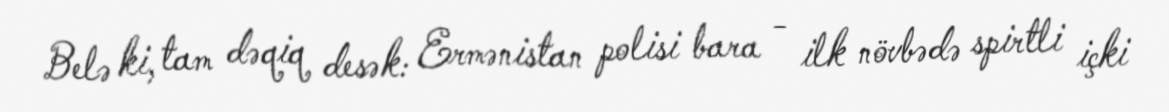
Belə ki, tam dəqiq desək: Ermənistan polisi bara - ilk növbədə spirtli içki